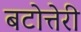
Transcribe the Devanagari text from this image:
बटोत्तेरी